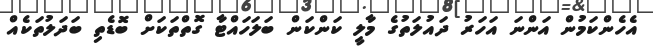
އެހެންކަމުން އަންނަ އަހަރު ދައުލަތުގެ މާލީ ކަންކަން ބަލަހައްޓާ ގޮތްތަކަށް ބޮޑެތި ބަދަލުތަކެއް